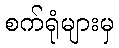
စက်ရုံများမှ